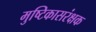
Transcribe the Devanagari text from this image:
मुष्टिकासरंक्षक